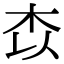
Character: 𭩟